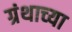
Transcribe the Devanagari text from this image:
ग्रंथाच्‍या